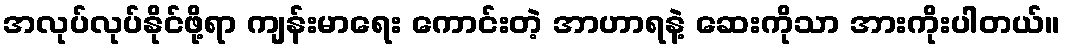
အလုပ်လုပ်နိုင်ဖို့ရာ ကျန်းမာရေး ကောင်းတဲ့ အာဟာရနဲ့ ဆေးကိုသာ အားကိုးပါတယ်။